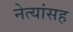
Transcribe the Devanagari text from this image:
नेत्यांसह